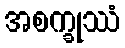
အစက္ခုဿံ